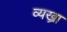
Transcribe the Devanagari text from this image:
व्यख्रा